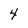
Character: 4